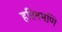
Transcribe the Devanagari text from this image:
हरितमणि